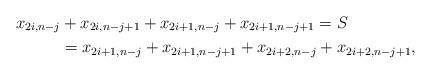
LaTeX: \begin{align*}x_{2i,n-j} &+ x_{2i,n-j+1} + x_{2i+1,n-j} + x_{2i+1,n-j+1} = S \\ &= x_{2i+1,n-j} + x_{2i+1,n-j+1} + x_{2i+2,n-j} + x_{2i+2,n-j+1},\end{align*}